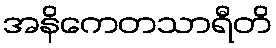
အနိကေတသာရီတိ